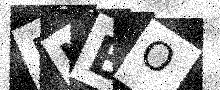
Text: 5IBO